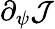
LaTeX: \partial_{\psi}\mathcal{J}